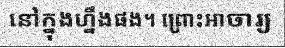
នៅក្នុងហ្នឹងផង។ ព្រោះអាចារ្យ